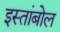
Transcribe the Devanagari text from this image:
इस्तांबोल